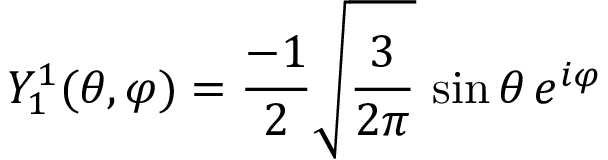
Y _ { 1 } ^ { 1 } ( \theta , \varphi ) = { \frac { - 1 } { 2 } } { \sqrt { \frac { 3 } { 2 \pi } } } \, \sin \theta \, e ^ { i \varphi }